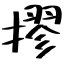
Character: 摎